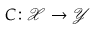
C \colon \mathcal { X } \rightarrow \mathcal { Y }